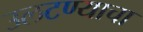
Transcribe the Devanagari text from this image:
उलटण्याचा